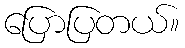
ပြောပြတယ်။